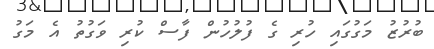
ބުރުޒު މަގުގައި ހުރި ގެ ފުލުހުން ފާސް ކުރި ވަގުތު އެ މަގު